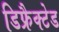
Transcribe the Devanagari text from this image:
डिफ्रैक्टेड